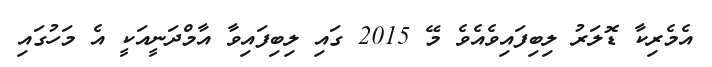
އެމެރިކާ ޑޮލަރު ލިބިފައިވެއެވެ މޭ 2015 ގައި ލިބިފައިވާ އާމްދަނީއަކީ އެ މަހުގައި